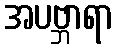
အပဗ္ဘာရာ